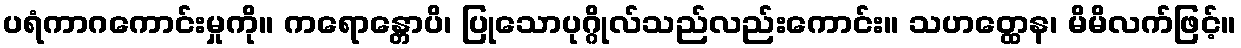
ပရံကာဂကောင်းမှုကို။ ကရောန္တောပိ၊ ပြုသောပုဂ္ဂိုလ်သည်လည်းကောင်း။ သဟတ္ထေန၊ မိမိလက်ဖြင့်။